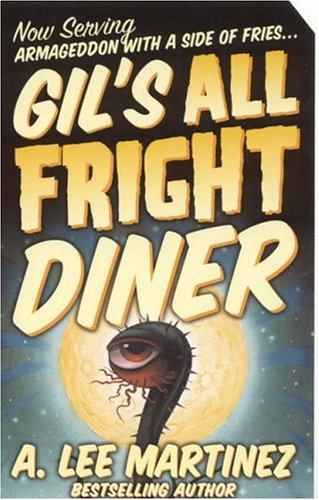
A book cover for Gil's All Fright Diner; A. Lee Martinez; Science Fiction & Fantasy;